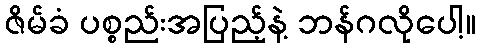
ဇိမ်ခံ ပစ္စည်းအပြည့်နဲ့ ဘန်ဂလိုပေါ့။